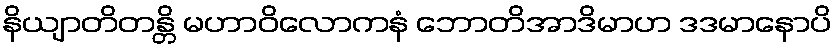
နိယျာတိတန္တိ မဟာဝိလောကနံ ဘောတိအာဒိမာဟ ဒဒမာနောပိ